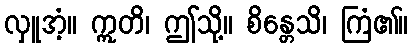
လှူအံ့။ ဣတိ၊ ဤသို့။ စိန္တေသိ၊ ကြံ၏။